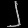
Digit: ၂